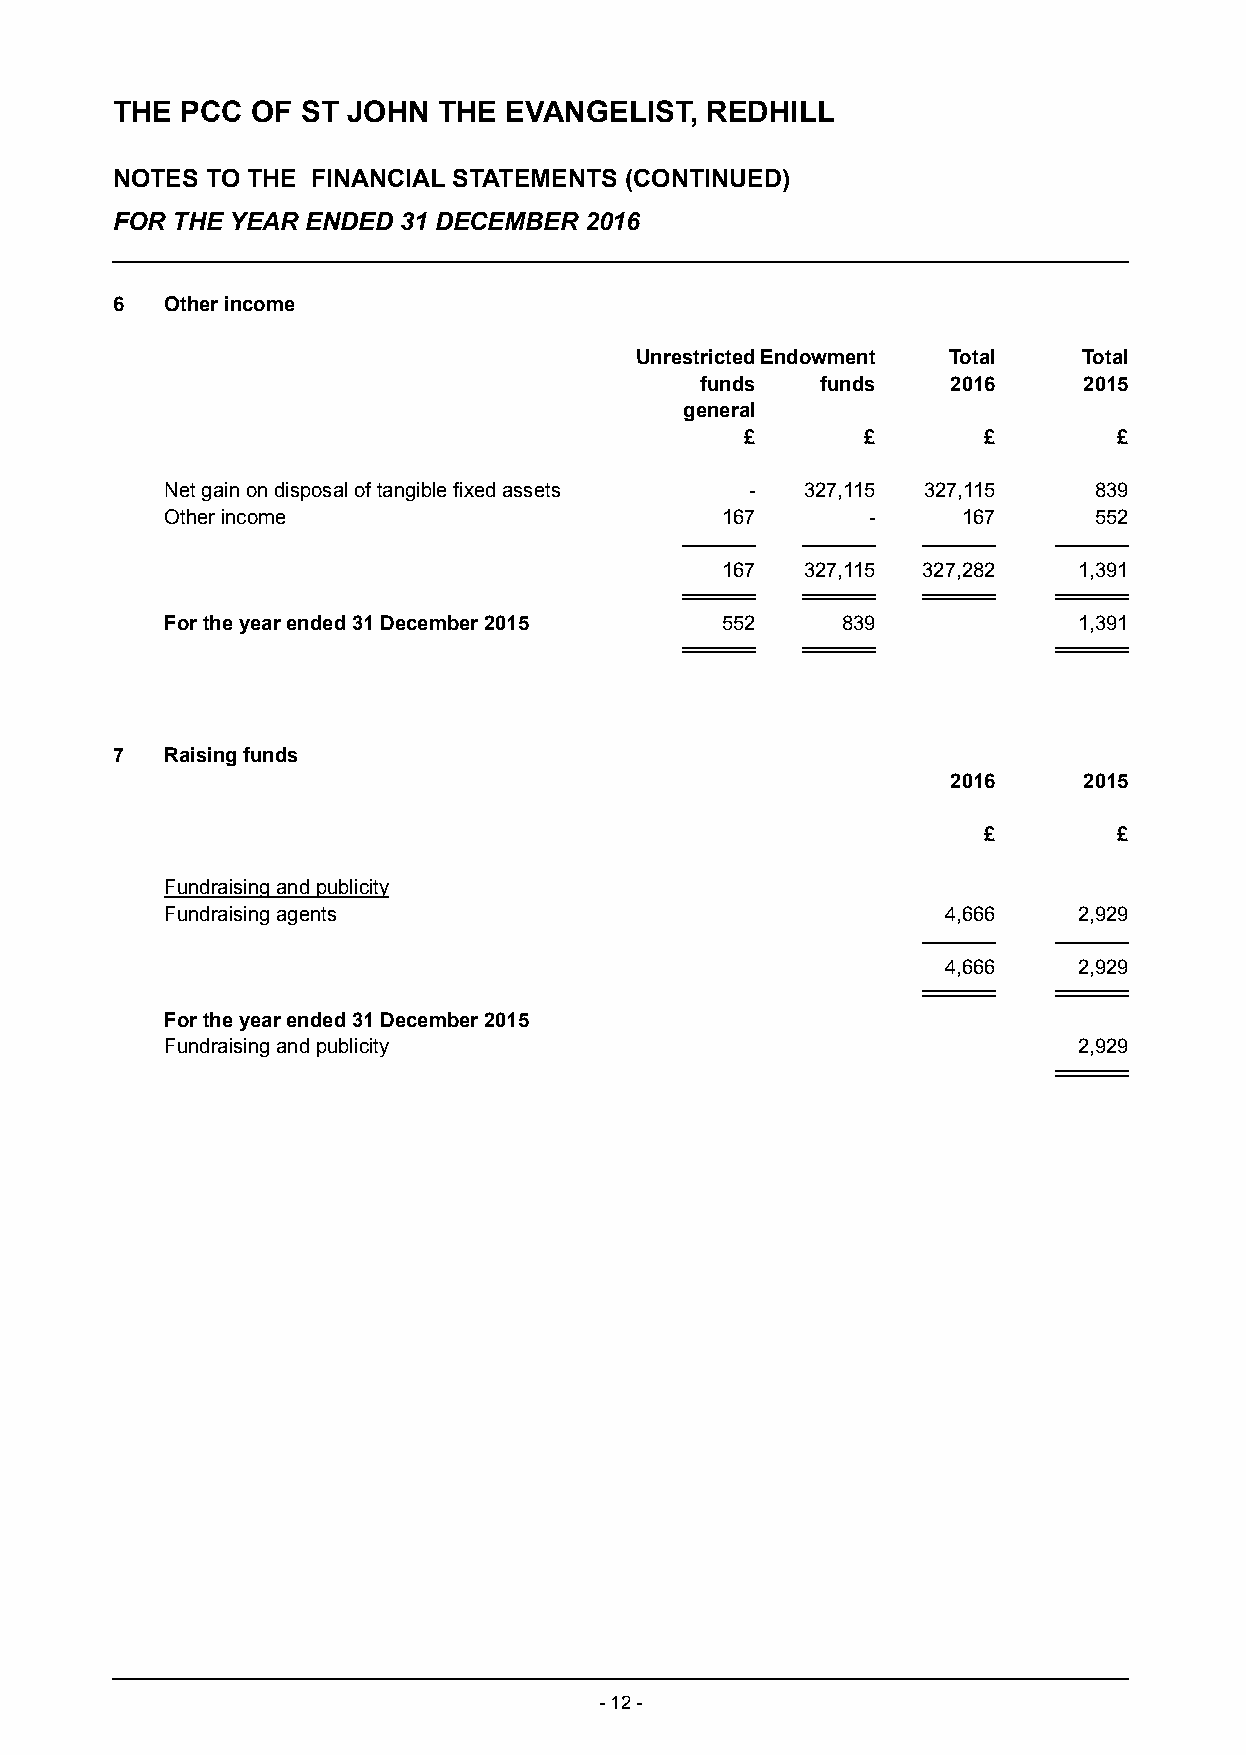
THE  PCC  OF ST JOHN  THE EVANGELIST,   REDHILL
 NOTES  TO THE FINANCIAL STATEMENTS (CONTINUED)
 FOR THE YEAR ENDED 31 DECEMBER  2016
 6   Other income
 Unrestricted Endowment Total  Total
 funds   funds    2016     2015
 general
 £       £       £        £
 Net gain on disposal of tangible fixed assets - 327,115 327,115 839
 Other income                         167      -      167     552
 167  327,115 327,282   1,391
 For the year ended 31 December 2015  552     839            1,391
 7   Raising funds
 2016     2015
 £        £
 Fundraising and publicity
 Fundraising agents                                  4,666   2,929
 4,666   2,929
 For the year ended 31 December 2015
 Fundraising and publicity                                   2,929
 - 12 -